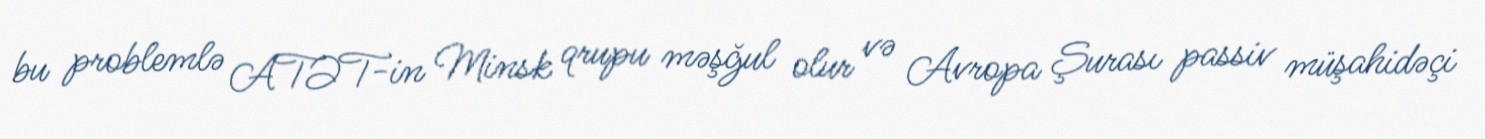
bu problemlə ATƏT-in Minsk qrupu məşğul olur və Avropa Şurası passiv müşahidəçi